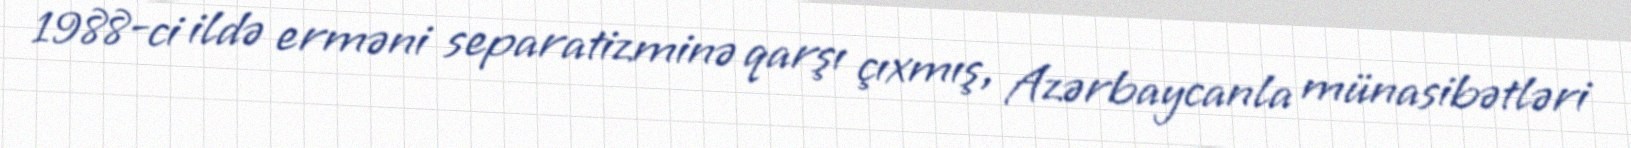
1988-ci ildə erməni separatizminə qarşı çıxmış, Azərbaycanla münasibətləri